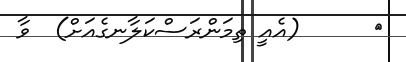
٨      (އެއީ ތިމަންރަސްކަލާނގެއަށް)  ވާ